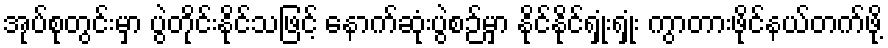
အုပ်စုတွင်းမှာ ပွဲတိုင်းနိုင်သဖြင့် နောက်ဆုံးပွဲစဉ်မှာ နိုင်နိုင်ရှုံးရှုံး ကွာတားဖိုင်နယ်တက်ဖို့